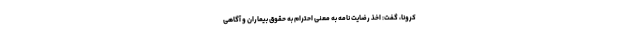
کرونا، گفت: اخذ رضایت نامه به معنی احترام به حقوق بیماران و آگاهی